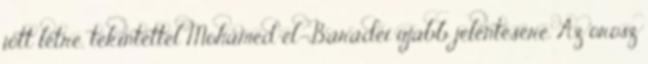
jött létre, tekintettel Mohamed el-Baradei újabb jelentésére. Az orosz